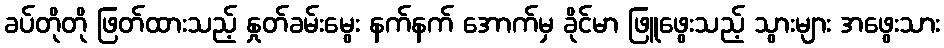
ခပ်တိုတို ဖြတ်ထားသည့် နှုတ်ခမ်းမွေး နက်နက် အောက်မှ ခိုင်မာ ဖြူဖွေးသည့် သွားများ အဖွေးသား